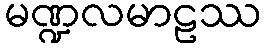
မဏ္ဍလမာဠဿ